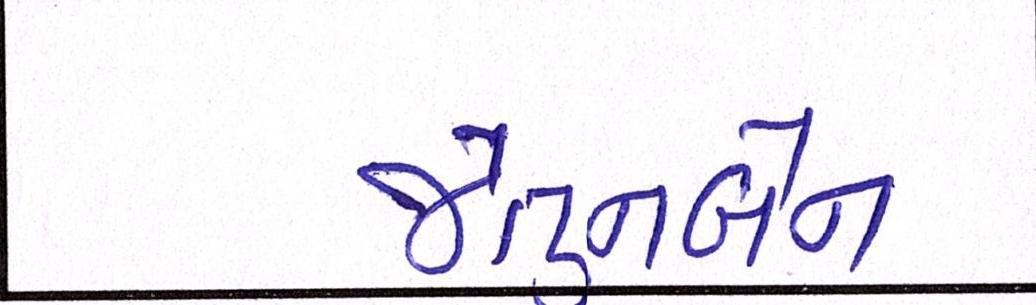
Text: જેતુનબેન